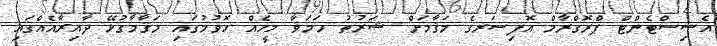
އެސިސްޓެންޓް ޕްރޮގްރާމް އޮފިސަރގެ މަޤާމަށް ޝަރުޠު ހަމަވާ މީހެއް ހޮވުމުގައި މަޤާމާގުޅޭ ދާއިރާއެއްގައި